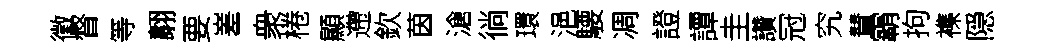
徵督等翿要嵳衆棬顯遰欽茵滄徜環浥騕凋證譚圭讚冠究賛霸拘襍隠